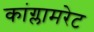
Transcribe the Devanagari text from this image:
कांग्लामरेट